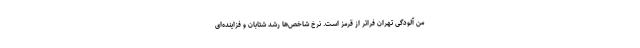
من آلودگی تهران فراتر از قرمز است. نرخ شاخص‌ها رشد شتابان و فزاینده‌ای